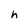
Character: h